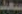
سعيد